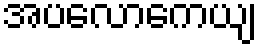
အပလောကေယျ